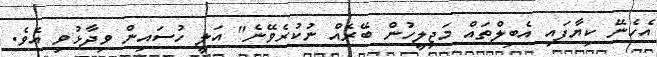
އެހެނޭ ކިޔާފައި އެބިލްތައް މަޖިލީހުން ބޭރެއް ނުކުރެވޭނެ" އަލީ ހުސައިން ވިދާޅުވި އެވެ.